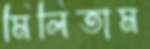
মিলিতাম